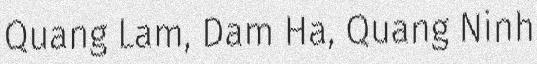
Quang Lam, Dam Ha, Quang Ninh